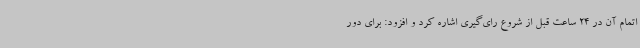
اتمام آن در 24 ساعت قبل از شروع رای‌گیری اشاره کرد و افزود: برای دور